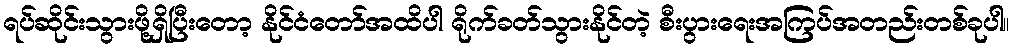
ရပ်ဆိုင်းသွားဖို့ရှိပြီးတော့ နိုင်ငံတော်အထိပါ ရိုက်ခတ်သွားနိုင်တဲ့ စီးပွားရေးအကြပ်အတည်းတစ်ခုပါ။